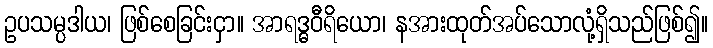
ဥပသမ္ပဒါယ၊ ဖြစ်စေခြင်းငှာ။ အာရဒ္ဓဝီရိယော၊ နအားထုတ်အပ်သောလုံ့ရှိသည်ဖြစ်၍။